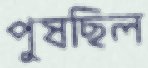
পুষছিল